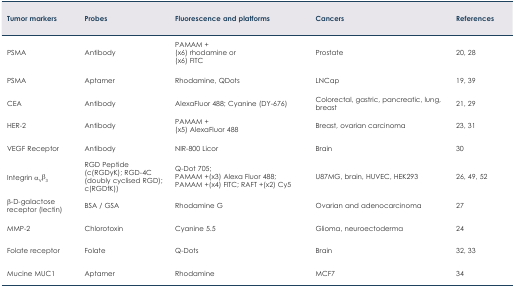
<table><thead><tr><td><b>Tumor markers</b></td><td><b>Probes</b></td><td><b>Fluorescence and platforms</b></td><td><b>Cancers</b></td><td><b>References</b></td></tr></thead><tbody><tr><td>PSMA</td><td>Antibody</td><td>PAMAM + (x6) rhodamine or (x6) FITC</td><td>Prostate</td><td>20, 28</td></tr><tr><td>PSMA</td><td>Aptamer</td><td>Rhodamine, QDots</td><td>LNCap</td><td>19, 39</td></tr><tr><td>CEA</td><td>Antibody</td><td>AlexaFluor 488; Cyanine (DY-676)</td><td>Colorectal, gastric, pancreatic, lung, breast</td><td>21, 29</td></tr><tr><td>HER-2</td><td>Antibody</td><td>PAMAM + (x5) AlexaFluor 488</td><td>Breast, ovarian carcinoma</td><td>23, 31</td></tr><tr><td>VEGF Receptor</td><td>Antibody</td><td>NIR-800 Licor</td><td>Brain</td><td>30</td></tr><tr><td>Integrin α<sub>V</sub>β<sub>3</sub></td><td>RGD Peptide (c(RGDyK); RGD-4C (doubly cyclised RGD); c(RGDfK))</td><td>Q-Dot 705; PAMAM +(x3) Alexa Fluor 488; PAMAM +(x4) FITC; RAFT +(x2) Cy5</td><td>U87MG, brain, HUVEC, HEK293</td><td>26, 49, 52</td></tr><tr><td>β-D-galactose receptor (lectin)</td><td>BSA / GSA</td><td>Rhodamine G</td><td>Ovarian and adenocarcinoma</td><td>27</td></tr><tr><td>MMP-2</td><td>Chlorotoxin</td><td>Cyanine 5.5</td><td>Glioma, neuroectoderma</td><td>24</td></tr><tr><td>Folate receptor</td><td>Folate</td><td>Q-Dots</td><td>Brain</td><td>32, 33</td></tr><tr><td>Mucine MUC1</td><td>Aptamer</td><td>Rhodamine</td><td>MCF7</td><td>34</td></tr></tbody></table>